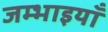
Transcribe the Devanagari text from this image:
जम्भाइयाँ